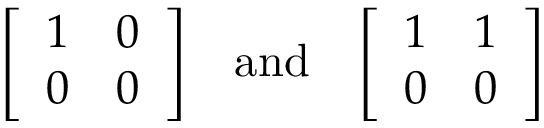
{ \left[ \begin{array} { l l } { 1 } & { 0 } \\ { 0 } & { 0 } \end{array} \right] } \quad { \mathrm { a n d } } \quad { \left[ \begin{array} { l l } { 1 } & { 1 } \\ { 0 } & { 0 } \end{array} \right] }